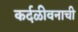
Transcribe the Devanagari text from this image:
कर्दळीवनाची